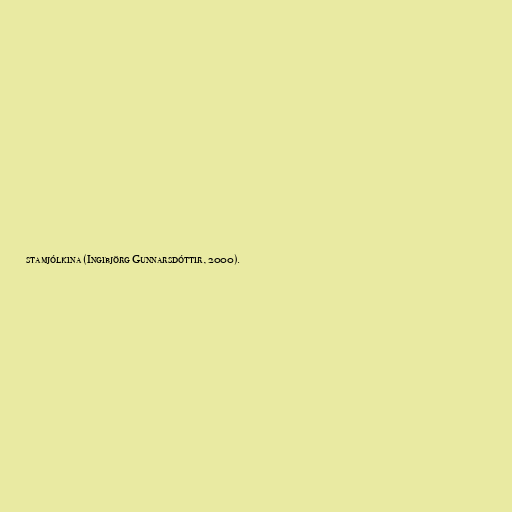
stamjólkina (Ingibjörg Gunnarsdóttir, 2000).